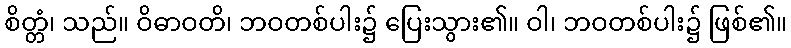
စိတ္တံ၊ သည်။ ဝိဓာဝတိ၊ ဘဝတစ်ပါး၌ ပြေးသွား၏။ ဝါ၊ ဘဝတစ်ပါး၌ ဖြစ်၏။